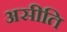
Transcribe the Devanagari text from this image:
असीति